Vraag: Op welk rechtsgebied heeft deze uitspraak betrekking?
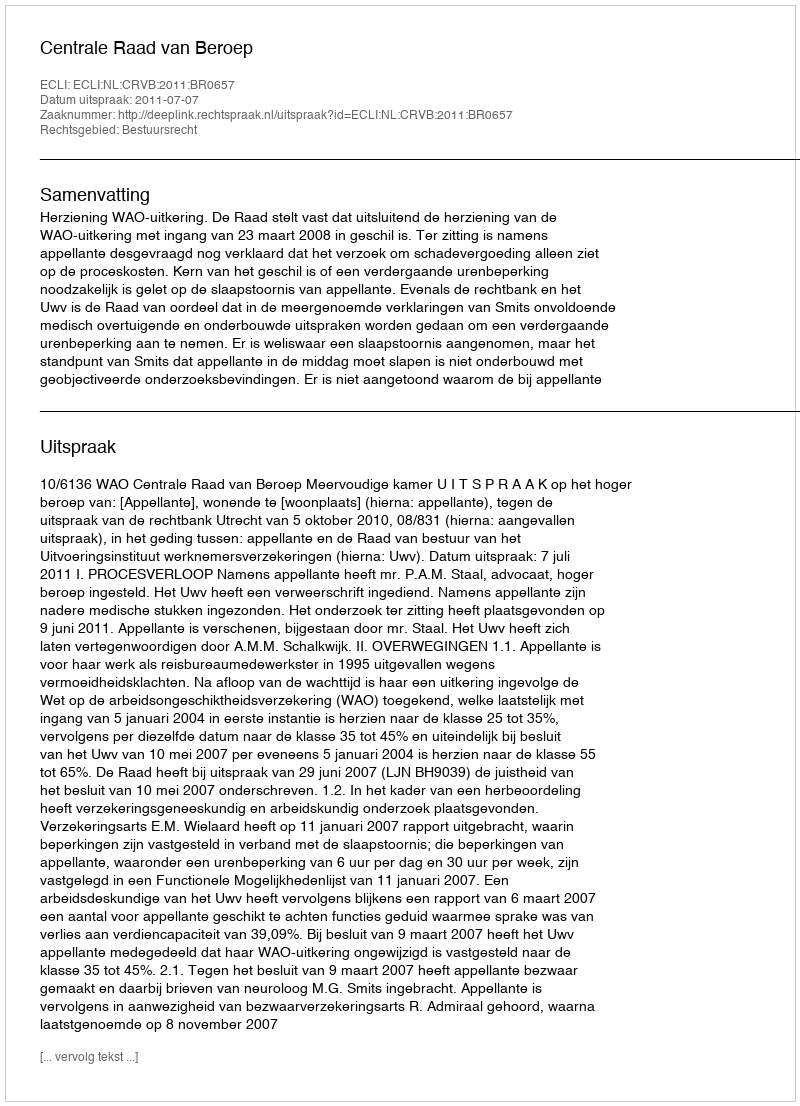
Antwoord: Bestuursrecht